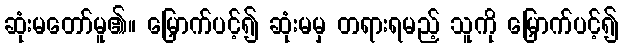
ဆုံးမတော်မူ၏။ မြှောက်ပင့်၍ ဆုံးမမှ တရားရမည့် သူကို မြှောက်ပင့်၍